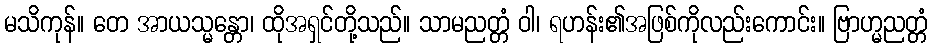
မသိကုန်။ တေ အာယသ္မန္တော၊ ထိုအရှင်တို့သည်။ သာမညတ္တံ ဝါ၊ ရဟန်း၏အဖြစ်ကိုလည်းကောင်း။ ဗြာဟ္မညတ္တံ